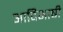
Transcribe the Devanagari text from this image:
आदिभाषी